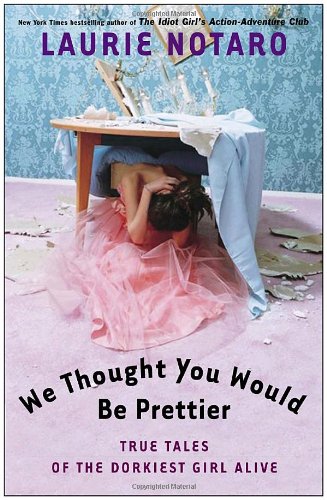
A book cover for We Thought You Would Be Prettier: True Tales of the Dorkiest Girl Alive; Laurie Notaro; Humor & Entertainment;